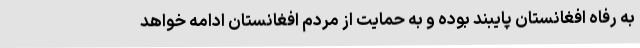
به رفاه افغانستان پایبند بوده و به حمایت از مردم افغانستان ادامه خواهد